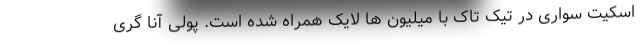
اسکیت سواری در تیک تاک با میلیون ها لایک همراه شده است. پولی آنا گری